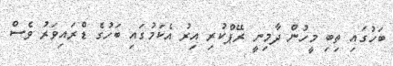
ބަހުގައި ތިބި މީހުން ދާމިނީ ރޭޕްކުރި އިރު އެކަމުގައި ބަހުގެ ޑްރައިވަރު ވެސް